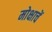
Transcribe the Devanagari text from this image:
मोक्षाचें